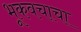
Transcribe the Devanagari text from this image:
भूकवचाचा